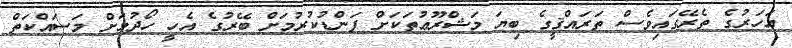
އަހަރުގެ ތެރޭގައިވެސް ތަރައްޤީގެ ބިޔަ މަޝްރޫޢުތަކަށް ފަންޑުކުރުމަށް ބޭރުގެ އެހީ ހޯދުމަށް މަސައްކަތް